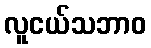
လူငယ်သဘာဝ